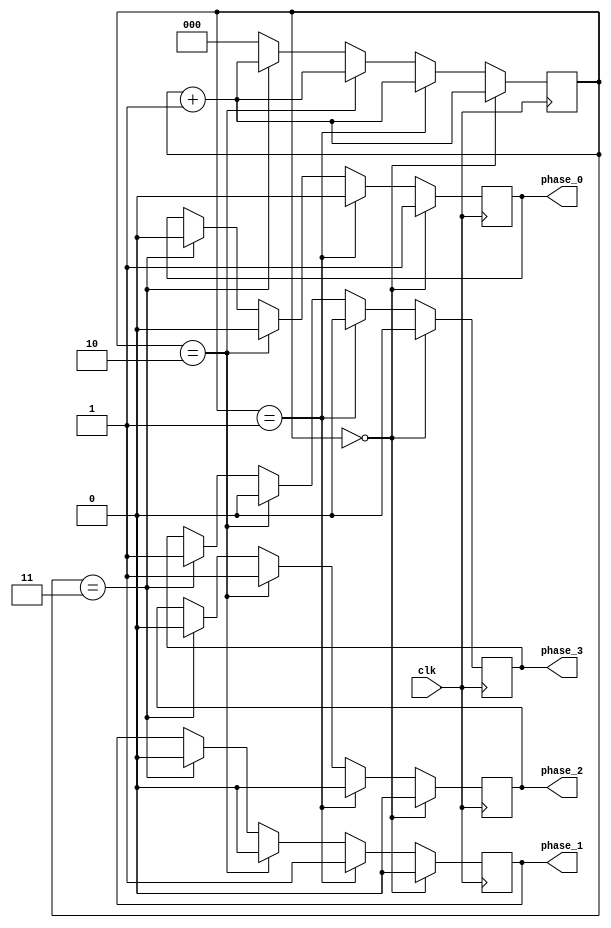
module clock_divider(
    input wire clk,
    output reg phase_0,
    output reg phase_1,
    output reg phase_2,
    output reg phase_3
);

reg [2:0] count;

always @(posedge clk) begin
    count <= count + 1;
    if(count == 0) begin
        phase_0 <= 1;
        phase_1 <= 0;
        phase_2 <= 0;
        phase_3 <= 0;
    end
    else if(count == 1) begin
        phase_0 <= 0;
        phase_1 <= 1;
        phase_2 <= 0;
        phase_3 <= 0;
    end
    else if(count == 2) begin
        phase_0 <= 0;
        phase_1 <= 0;
        phase_2 <= 1;
        phase_3 <= 0;
    end
    else if(count == 3) begin
        phase_0 <= 0;
        phase_1 <= 0;
        phase_2 <= 0;
        phase_3 <= 1;
    end
    else begin
        count <= 0;
    end
end

endmodule